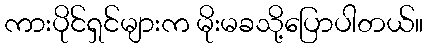
ကားပိုင်ရှင်များက မိုးမခသို့ပြောပါတယ်။